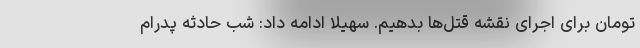
تومان برای اجرای نقشه قتل‌ها بدهیم. سهیلا ادامه داد: شب حادثه پدرام